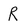
Character: R